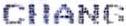
CHANG